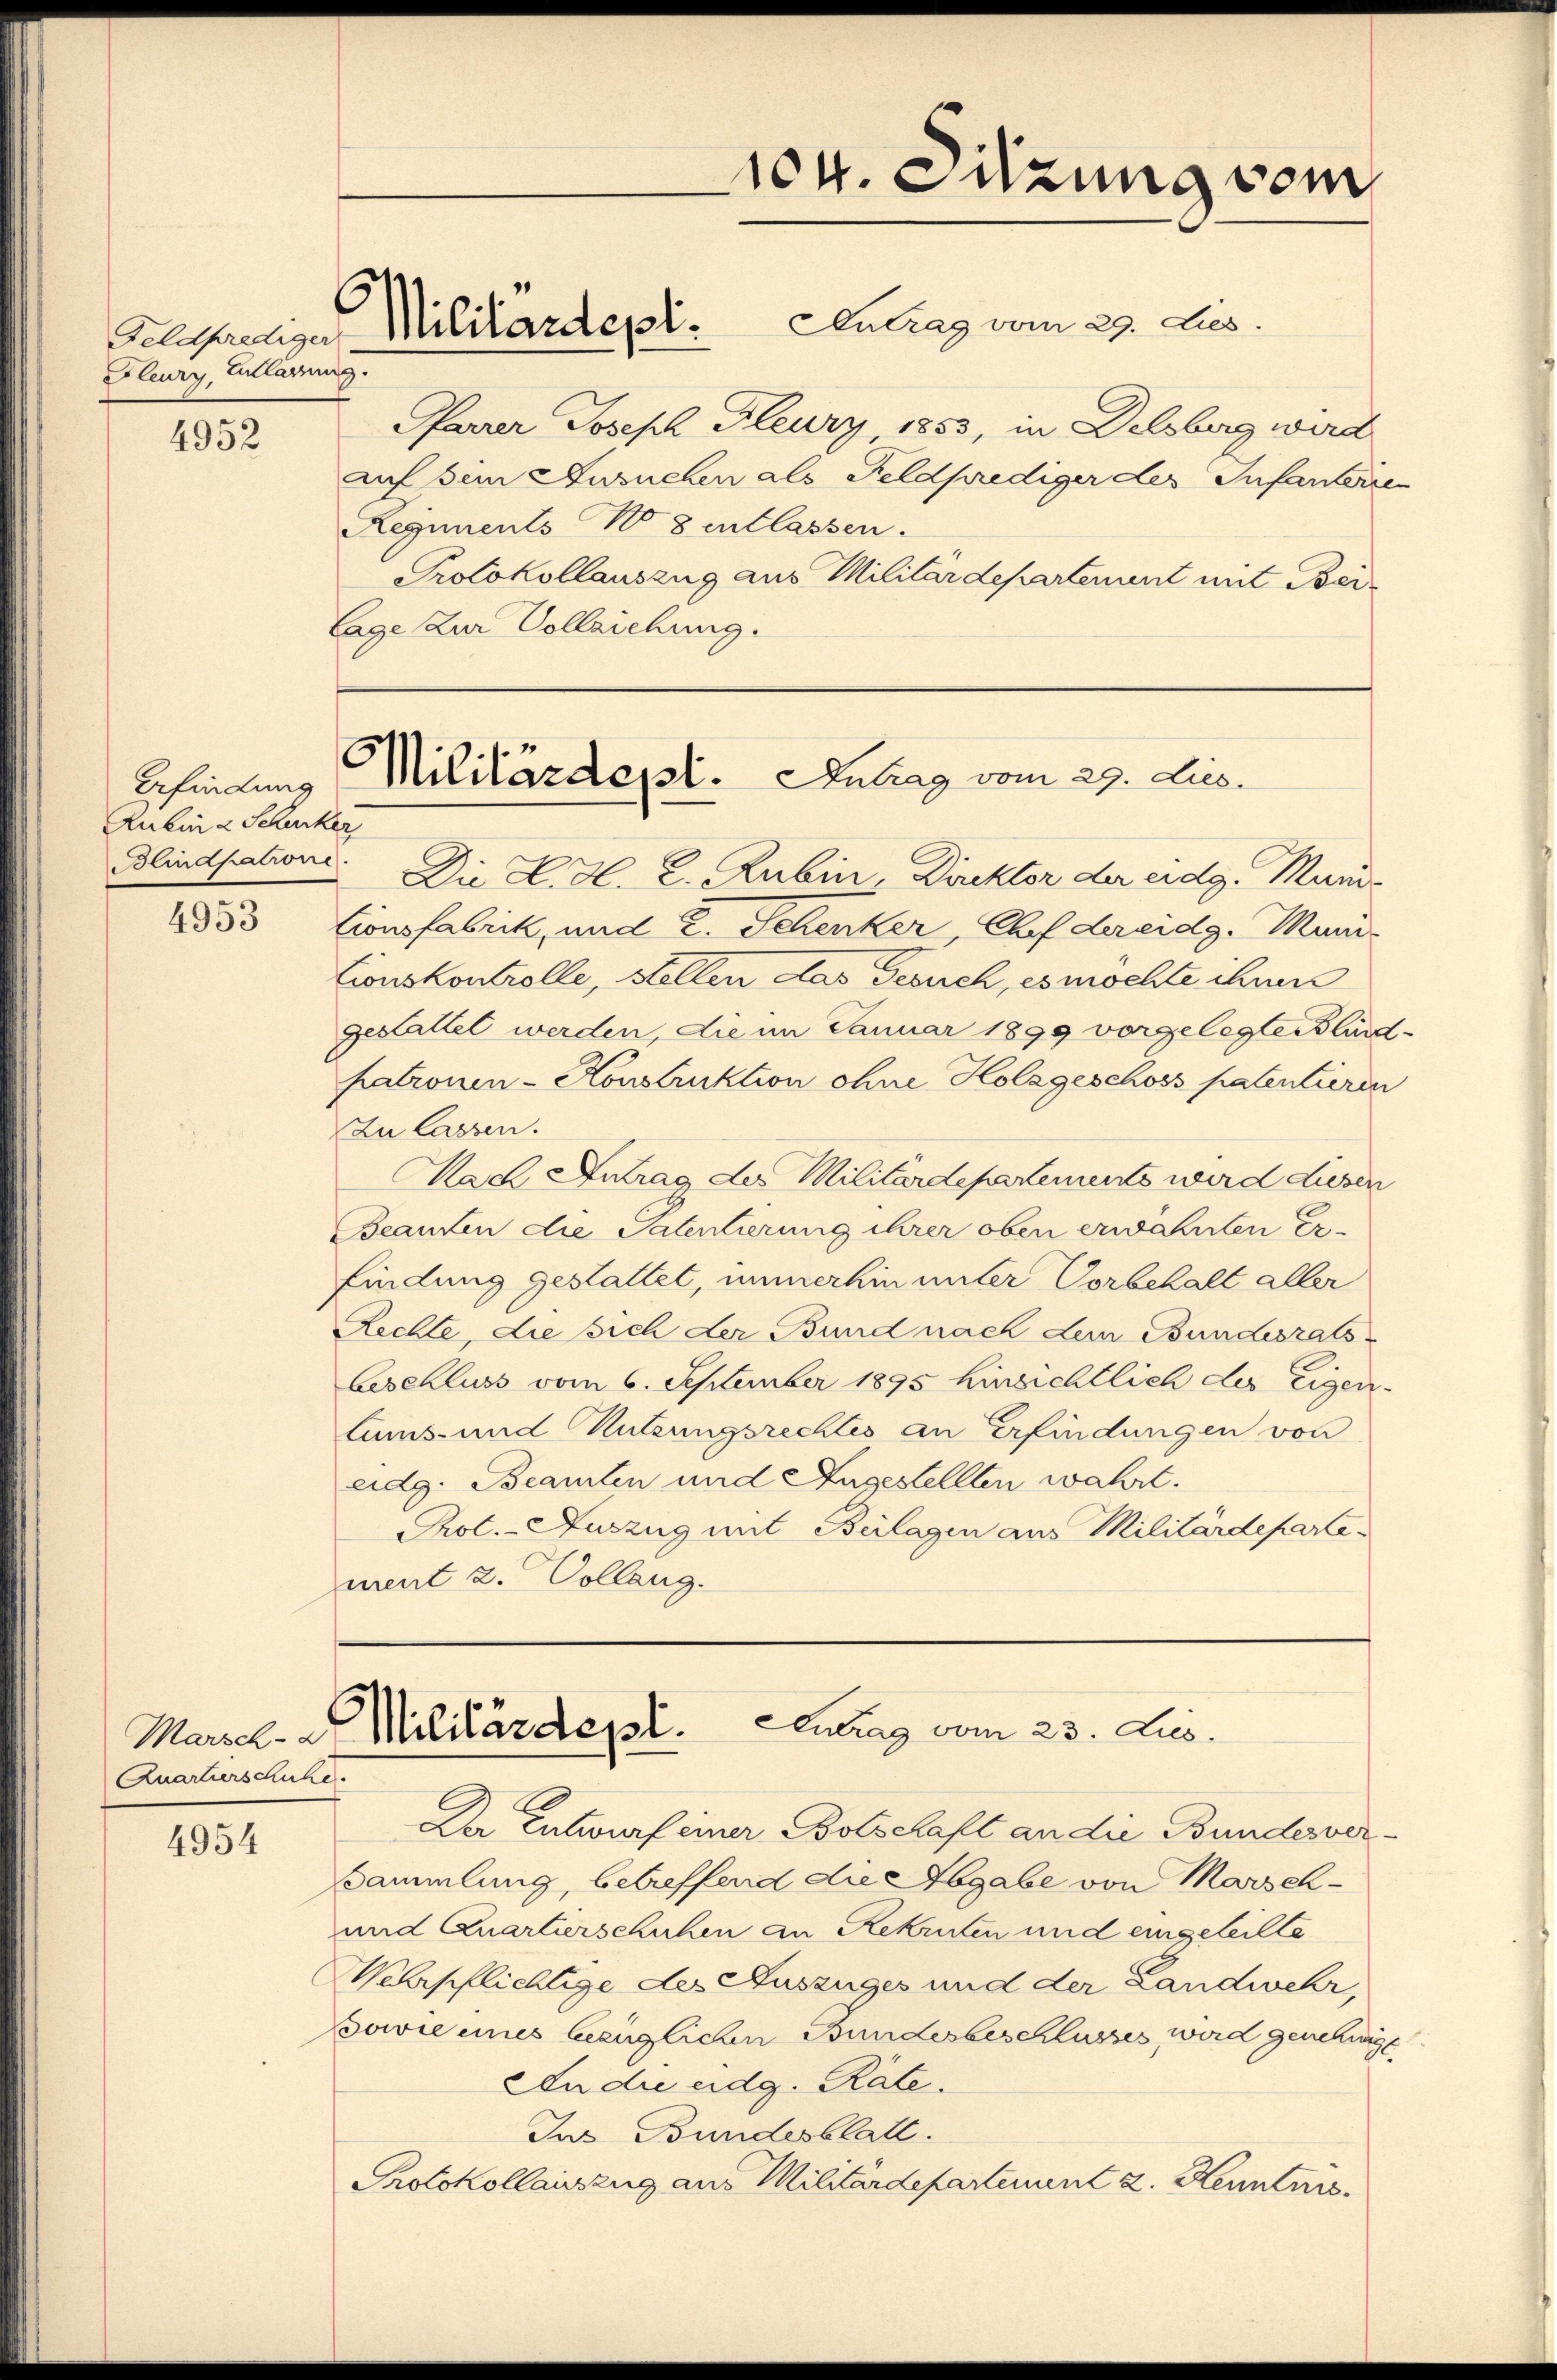
Fleury, Entlassung.

4952

Befindung
Rubina Schucker

4953

Marsch-
Quartierschuhe.

4954

6

Gelehrenge Militärdepl

104. Sitzung vom

Militärdept. Antrag vom 29. Dies.

Blindpatione. Die K. H. E. Rubin, Direktor der eidg. Muni-
Cionsfabrik, und 2. Schenker, Chef dereidg. Muni-
Lionskontrolle, stellen das Gesuch, es möchte ihnen
gestattet werden, die im Januar 1899 vorgelegter Blind-
patronen-Honstruktion ohne Holzgeschoss patentieren
Zu lassen.
Nach Antrag des Militärdepartements wird diesen
Beanten die Patentierung ihrer oben erwähnten Er-
findung gestattet, immerhin unter Vorbehalt aller
Rechte, die sich der Bund nach dem Bundesrats-
Geschluss vom 6. September 1895 hinsichtlich des Eigen-
lums- und Nutzungsrechtes an Erfindungen von
eidg. Beamten und Angestellten wahrt.
Prot. - Auszug mit Beilagen aus Militärdepartement 2. Collang.

Antrag vom 29. dies.
Pfarrer Joseph Flury 1855, in Delsberg wird
auf sein Ansuchen als Feldprediger des Infanterren
Regiments No 8 entlassen.
Protokollauszug aus Militärdepartement mit Beilage zur Vollziehung.

Antrag vom 23. Jus
Militärdept.

Der Entwurf einer Botschaft an die Bundesver¬
Sammlung, betreffend die Abgabe von Morsch¬
und Quartierschuhen an Rekruten und eingeteilte
Verpflichtige des Auszuges und der Landwehr,
Bowie eines bezüglichen Bundesbeschlusses wird genehmigt
An die eidg. Räte.
Jus Bundesblatt.
Protokollauszug aus Militärdepartement z. Kenntnis